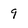
Character: 9